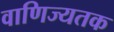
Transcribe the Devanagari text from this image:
वाणिज्यतक